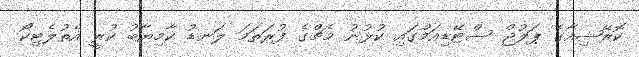
ކޮރޭޝިއާގެ ޕަލުޖް ސްޓޭޑިއަމްގައި ކުޅުނު މެޗްގެ ފުރަތަމަ ލަނޑު ކާމިޔާބު ކުރީ އެތުލެޓިކޯ